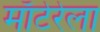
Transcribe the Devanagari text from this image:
माँटेरेला